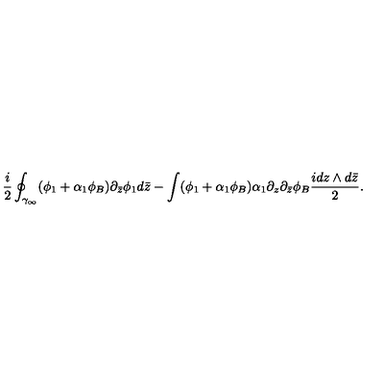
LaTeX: \frac { i } { 2 } \oint _ { \gamma _ { \infty } } ( \phi _ { 1 } + \alpha _ { 1 } \phi _ { B } ) \partial _ { \bar { z } } \phi _ { 1 } d \bar { z } - \int ( \phi _ { 1 } + \alpha _ { 1 } \phi _ { B } ) \alpha _ { 1 } \partial _ { z } \partial _ { \bar { z } } \phi _ { B } \frac { i d z \wedge d \bar { z } } { 2 } .